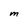
Character: M